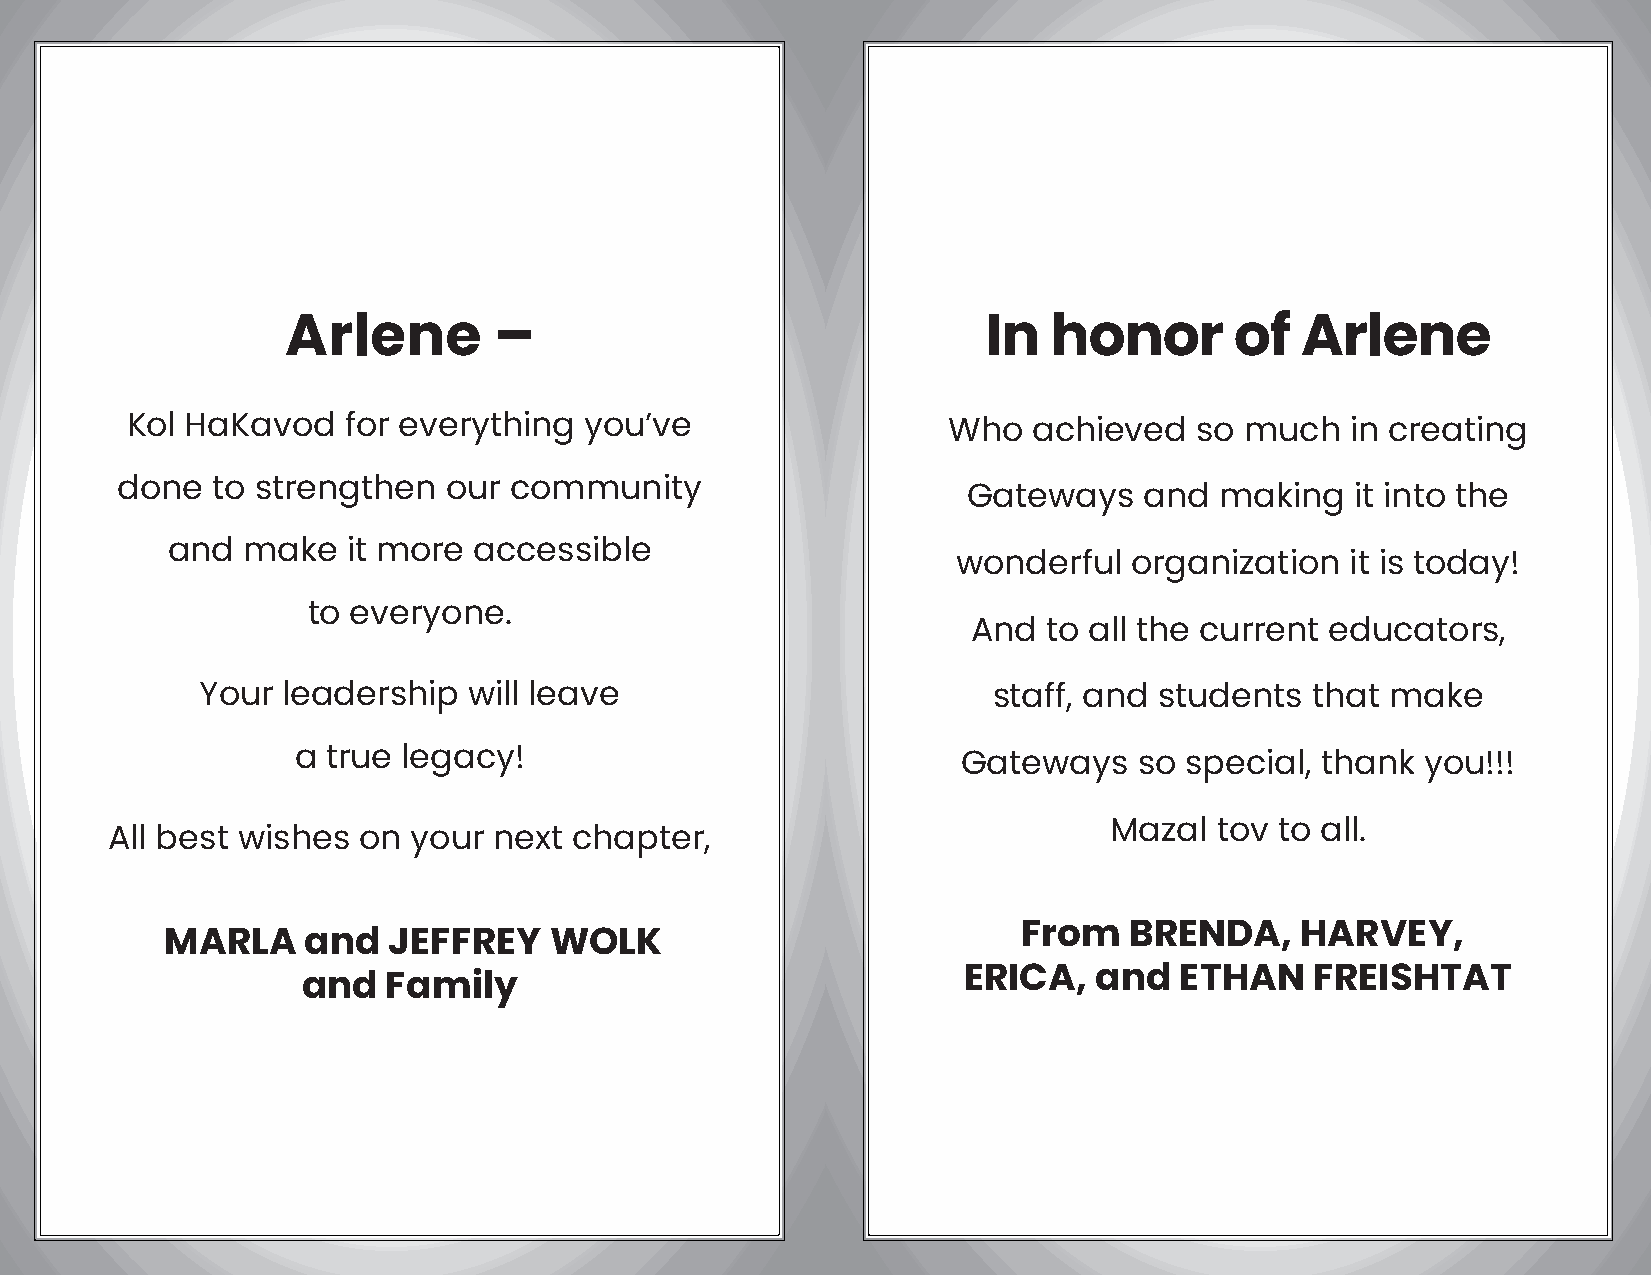
Arlene        –                               In   honor       of  Arlene
 Kol HaKavod    for everything  you’ve                  Who  achieved   so much   in creating
 done  to strengthen  our  community
 Gateways    and  making   it into the
 and  make   it more accessible
 wonderful   organization  it is today!
 to everyone.
 And  to all the current educators,
 Your  leadership  will leave                         staff, and students  that make
 a  true legacy!                              Gateways   so special, thank  you!!!
 Mazal  tov  to all.
 All best wishes  on your  next chapter,
 MARLA    and   JEFFREY   WOLK
 From   BRENDA,    HARVEY,
 ERICA,  and   ETHAN    FREISHTAT
 and   Family